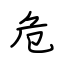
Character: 危